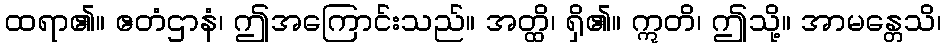
ထရာ၏။ ဧတံဌာနံ၊ ဤအကြောင်းသည်။ အတ္ထိ၊ ရှိ၏။ ဣတိ၊ ဤသို့။ အာမန္တေသိ၊